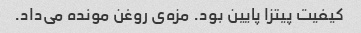
کیفیت پیتزا پایین بود. مزه‌ی روغن مونده می‌داد.